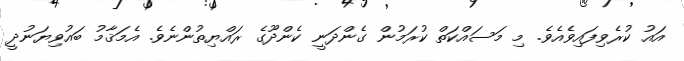
އައު ކުރެވިފައިވެއެވެ. މި މަސައްކަތް ކުރަމުން ގެންދަނީ ކެންދޫގެ ރައްޔިތުންނެވެ. އެމަޤާމު ބައުވިޔަނުދީ